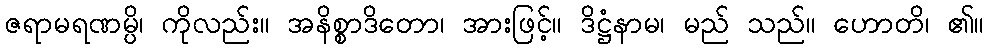
ဇရာမရဏမ္ပိ၊ ကိုလည်း။ အနိစ္စာဒိတော၊ အားဖြင့်။ ဒိဋ္ဌံနာမ၊ မည် သည်။ ဟောတိ၊ ၏။